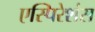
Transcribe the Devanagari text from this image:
एस्पिरेशंस